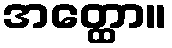
အတ္ထော။